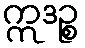
ဣဒဉ္စ